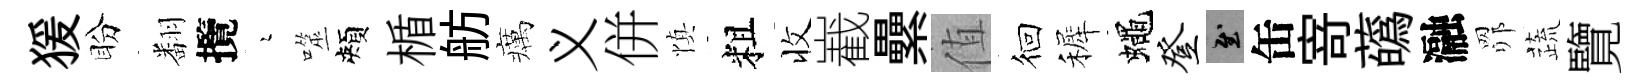
猨盼翻攬瑟噬頰楯舫癘义併慎粗收嶻纍值徊裤蠅登慰缶𭔃蘤瀜𦊑蔬覽